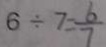
6 \div 7 = \frac { 6 } { 7 }